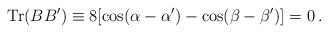
LaTeX: \begin{align*}{\rm Tr}(BB') \equiv 8[\cos(\alpha - \alpha') - \cos(\beta - \beta')] = 0 \,.\end{align*}